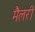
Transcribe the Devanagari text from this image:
मैलरी